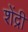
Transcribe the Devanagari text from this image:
शेंद्री